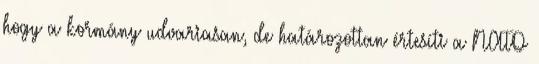
hogy a kormány udvariasan, de határozottan értesíti a NATO